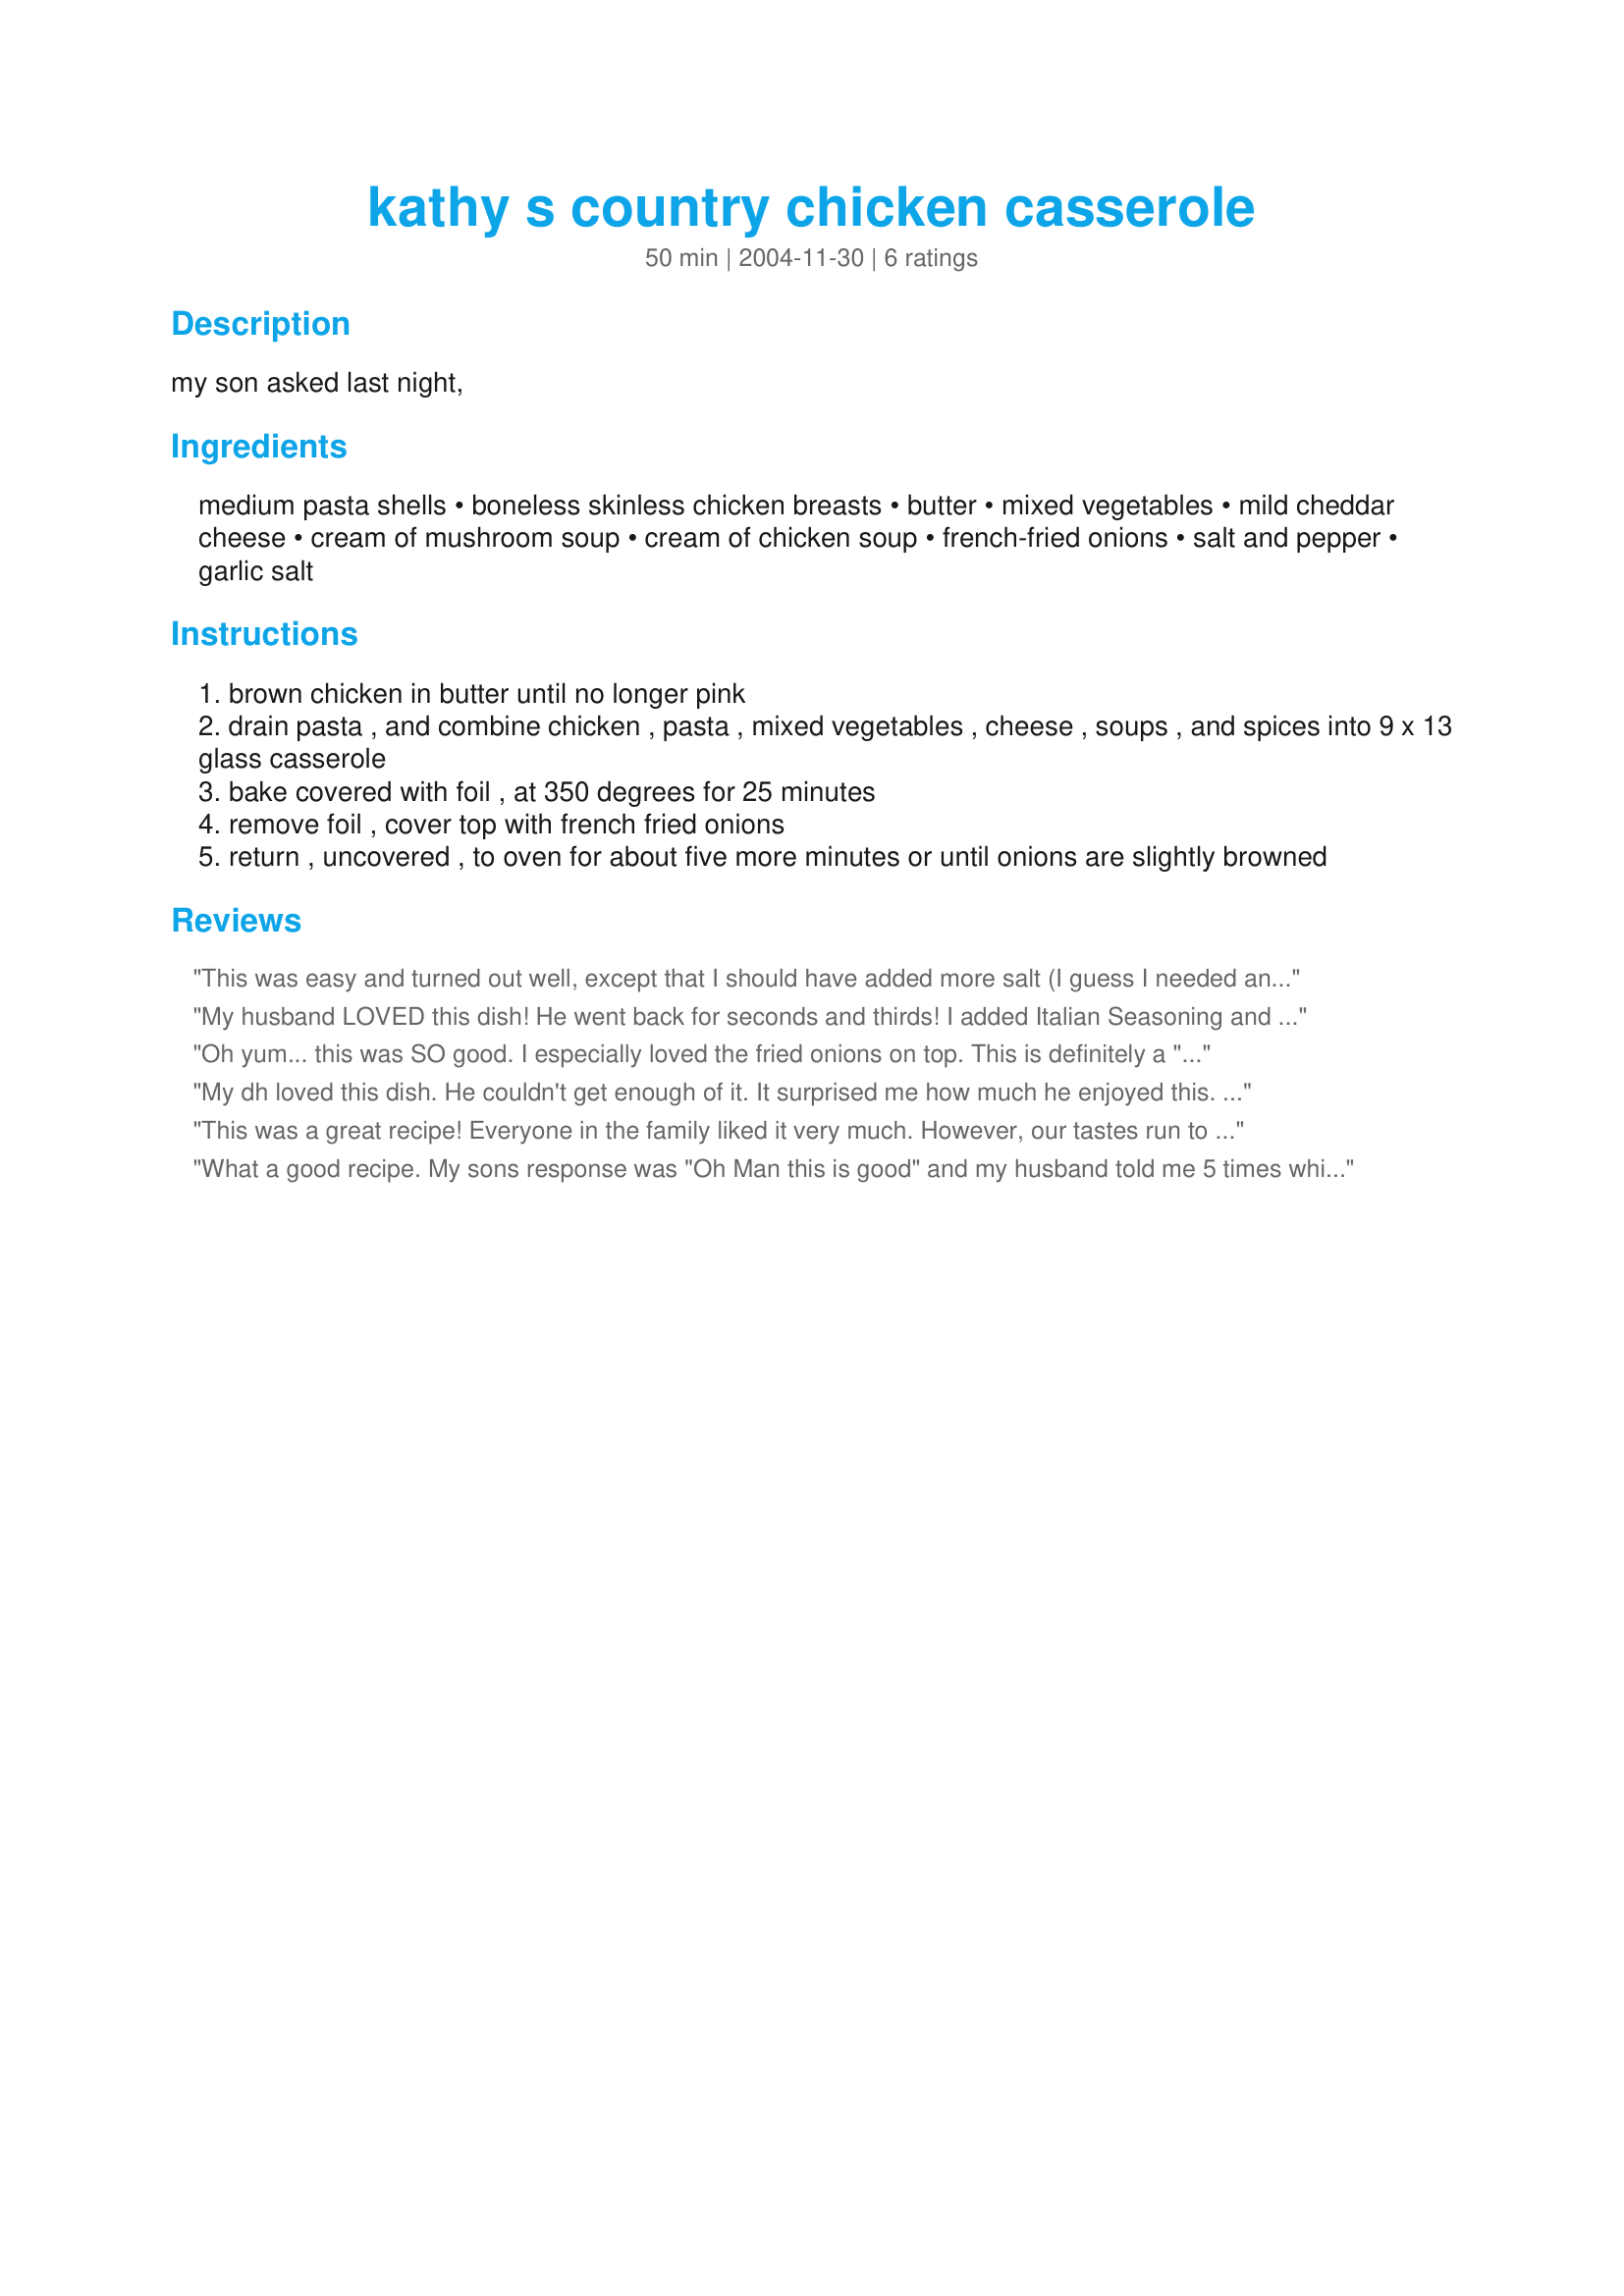
kathy s country chicken casserole
Preparation time: 50 minutes

my son asked last night,

Ingredients:
medium pasta shells, boneless skinless chicken breasts, butter, mixed vegetables, mild cheddar cheese, cream of mushroom soup, cream of chicken soup, french-fried onions, salt and pepper, garlic salt

Steps:
brown chicken in butter until no longer pink
drain pasta , and combine chicken , pasta , mixed vegetables , cheese , soups , and spices into 9 x 13 glass casserole
bake covered with foil , at 350 degrees for 25 minutes
remove foil , cover top with french fried onions
return , uncovered , to oven for about five more minutes or until onions are slightly browned

Reviews:
This was easy and turned out well, except that I should have added more salt (I guess I needed an exact amount). It makes a lot, and you have to be careful when stirring it in the pan.
My husband LOVED this dish! He went back for seconds and thirds! I added Italian Seasoning and Poultry Seasoning to the mix and subbed crushed croutons for the onions as we really don't like them. I will definitely be making this again and again for hubby! Thanks for the fab recipe!
Oh yum... this was SO good. I especially loved the fried onions on top. This is definitely a "repeat" recipe Kathy.
My dh loved this dish. He couldn't get enough of it. It surprised me how much he enjoyed this. I had cooked this the same night I made a chicken pot pie that i've been making for years. He wouldn't touch the chicken pot pie. I guess this will be our new favorite chicken casserole. Thanks so much for posting.
ChefRaylene
This was a great recipe! Everyone in the family liked it very much. However, our tastes run to the more spicy dishes and although I added chopped onion, a dash of Tabasco and red pepper it still was a tad on the blandish side. I also added sharp cheese instead of the mild. I will definitely use this again with some tweaking for our tastes. Thanks for posting it!
What a good recipe. My sons response was "Oh Man this is good" and my husband told me 5 times while eating most of the casserole "I like this, you can make this one again". I used Rotini pasta and a 15 oz. can of veg all because that was what I had on hand. Just added another chicken breast to make up the difference. So thanks for the keeper I'm sure my family will be asking for over and over.
